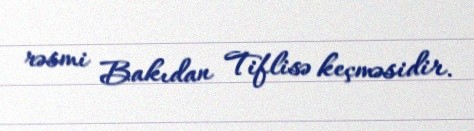
rəsmi Bakıdan Tiflisə keçməsidir.